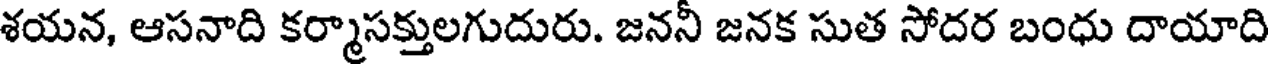
శయన, ఆసనాది కర్మాసక్తులగుదురు. జననీ జనక సుత సోదర బంధు దాయాది